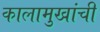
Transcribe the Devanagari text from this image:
कालामुखांची